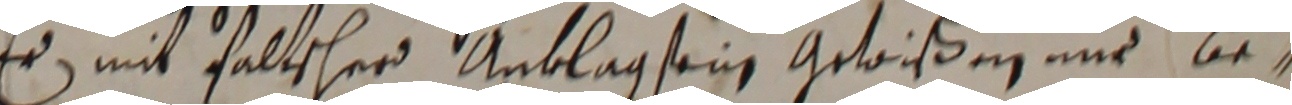
er mit faltscher anklag sein gewißen nnd be